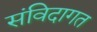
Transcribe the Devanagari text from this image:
संविदागत